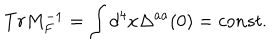
T r M _ { F } ^ { - 1 } = \int d ^ { 4 } x \Delta ^ { a a } ( 0 ) = c o n s t .